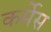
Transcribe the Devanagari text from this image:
कर्मेस